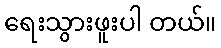
ရေးသွားဖူးပါ တယ်။